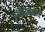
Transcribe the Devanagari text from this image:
सचेतनवाद